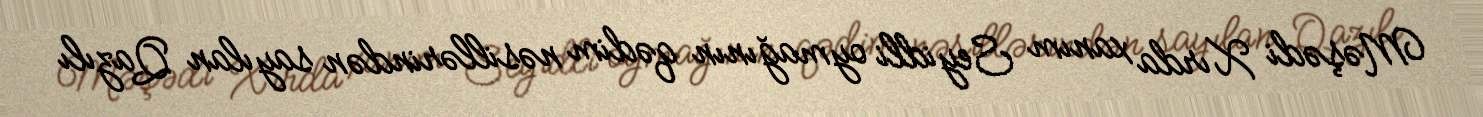
Məşədi Xırda xanım Seyidli oymağının qədim nəsillərindən sayılan Qazılı